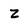
Character: 2